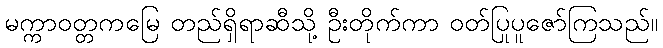
မက္ကာဝတ္တကမြေ တည်ရှိရာဆီသို့ ဦးတိုက်ကာ ဝတ်ပြုပူဇော်ကြသည်။